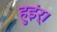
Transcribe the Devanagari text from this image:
हुइंर्।